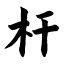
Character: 杆